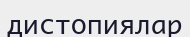
дистопиялар